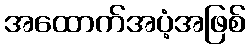
အထောက်အပံ့အဖြစ်